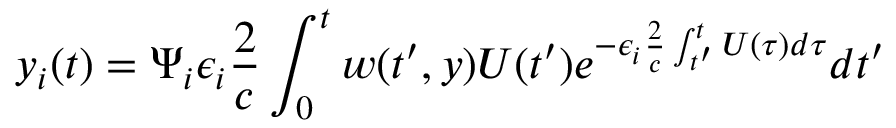
y _ { i } ( t ) = \Psi _ { i } \epsilon _ { i } \frac { 2 } { c } \int _ { 0 } ^ { t } w ( t ^ { \prime } , y ) U ( t ^ { \prime } ) e ^ { - \epsilon _ { i } \frac { 2 } { c } \int _ { t ^ { \prime } } ^ { t } U ( \tau ) d \tau } d t ^ { \prime }